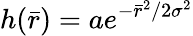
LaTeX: h(\bar{r})=ae^{-\bar{r}^{2}/2{\sigma}^{2}}